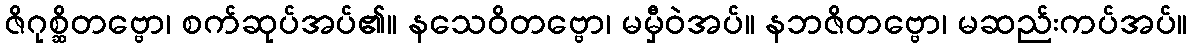
ဇိဂုစ္ဆိတဗ္ဗော၊ စက်ဆုပ်အပ်၏။ နသေဝိတဗ္ဗော၊ မမှီဝဲအပ်။ နဘဇိတဗ္ဗော၊ မဆည်းကပ်အပ်။